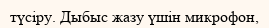
түсіру. Дыбыс жазу үшін микрофон,